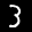
Digit: 3